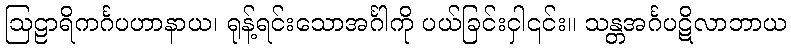
ဩဠာရိကင်္ဂပဟာနာယ၊ ရုန့်ရင်းသောအင်္ဂါကို ပယ်ခြင်းငှါ၎င်း။ သန္တအင်္ဂပဋိလာဘာယ